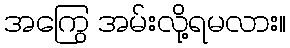
အကြွေ အမ်းလို့ရမလား။